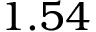
1 . 5 4